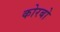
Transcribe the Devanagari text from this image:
कोरबो